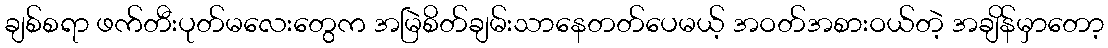
ချစ်စရာ ဖက်တီးပုတ်မလေးတွေက အမြဲစိတ်ချမ်းသာနေတတ်ပေမယ့် အဝတ်အစားဝယ်တဲ့ အချိန်မှာတော့